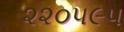
૨૨૦૫૯૫